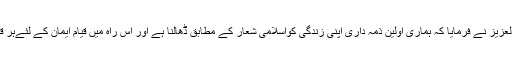
حضور ایدہ اللہ تعالیٰ بنصرہ العزیز نے فرمایا کہ ہماری اوّلین ذمہ داری اپنی زندگی کواسلامی شعار کے مطابق ڈھالنا ہے اور اس راہ میں قیام ِایمان کے لئےہر قربانی کے لئے تیار رہنا ہے۔